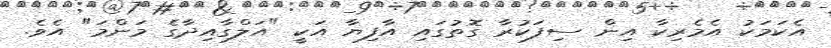
އެކަމަކު އެމެރިކާ އިން ސިފަކުރާ ގޮތުގައި އާފިޔާ އަކީ "އަލްގާއިދާގެ މަންމަ" އެވެ.